Vaccination returns of the Province of Eastern Bengal and Assam - 1905-1912
Year: 1905
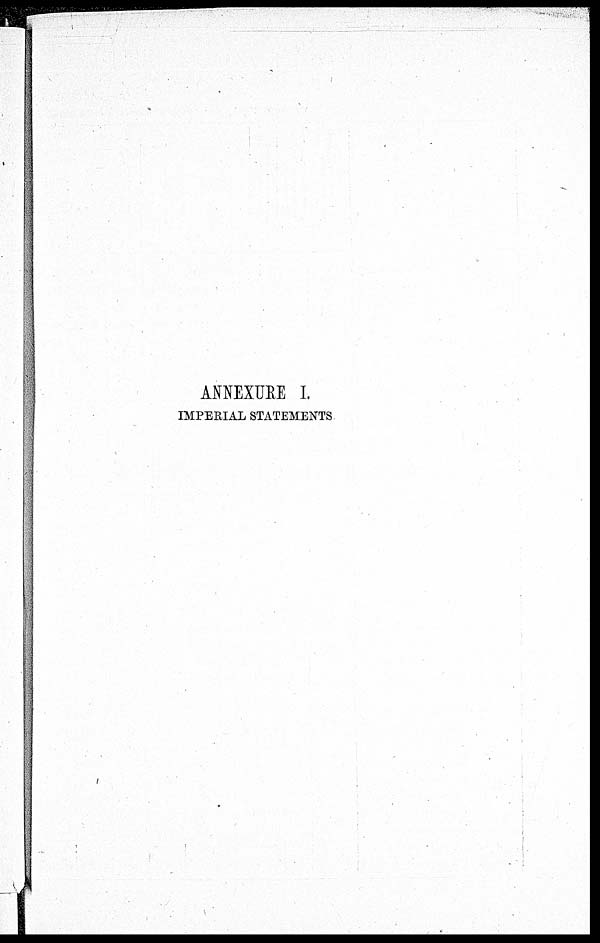
ANNEXURE I.
IMPERIAL STATEMENTS